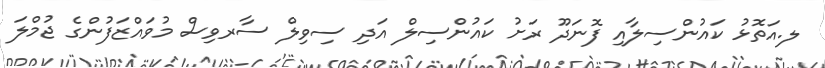
ލ.އަތޮޅު ކައުންސިލާއި ފޮނަދޫ ރަށު ކައުންސިލް އަދި ސިވިލް ސާރވިސް މުވައްޒަފުންގެ ޖުމްލަ